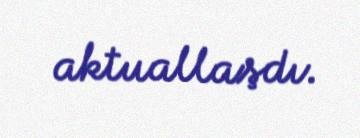
aktuallaşdı.